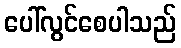
ပေါ်လွင်စေပါသည်